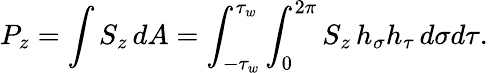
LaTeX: P_{z}=\int{S_{z}\, dA}=\int_{-\tau_{w}}^{\tau_{w}}\int_{0}^{2\pi}S_{z}\, h_{\sigma}h_{\tau}\, d\sigma d\tau.